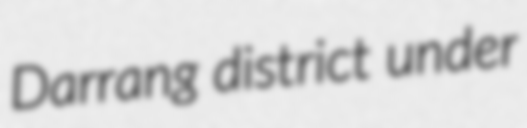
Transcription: Darrang district under